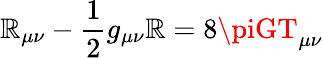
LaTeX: \mathbb{R}_{\mu\nu}-\frac{{1}}{{2}}g_{\mu\nu}\mathbb{R}=8\piGT_{\mu\nu}